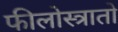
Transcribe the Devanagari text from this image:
फीलोस्त्रातो